Report of the King Institute of Preventive Medicine, Guindy
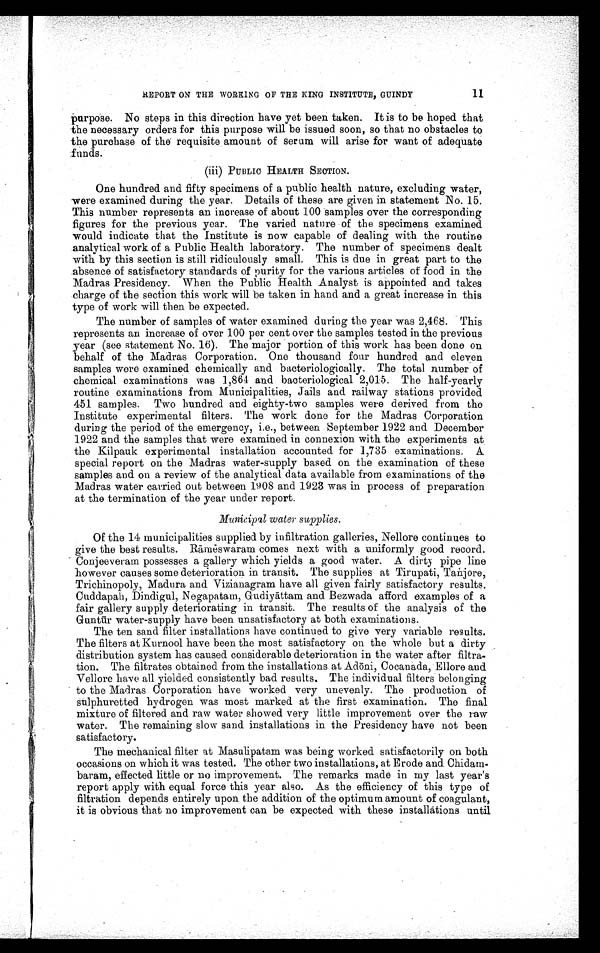
11
REPORT ON THE WORKING OF THE KING INSTITUTE, GUINDY
purpose. No steps in this direction have yet been taken. It is to be hoped that
the necessary orders for this purpose will be issued soon, so that no obstacles to
the purchase of the requisite amount of serum will arise for want of adequate
funds.
(iii) PUBLIC HEALTH SECTION.
One hundred and fifty specimens of a public health nature, excluding water,
were examined during the year. Details of these are given in statement No.15.
This number represents an increase of about 100 samples over the corresponding
figures for the previous year. The varied nature of the specimens examined
would indicate that the Institute is now capable of dealing with the routine
analytical work of a Public Health laboratory. The number of specimens dealt
with by this section is still ridiculously small. This is due in great part to the
absence of satisfactory standards of purity for the various articles of food in the
Madras Presidency. When the Public Health Analyst is appointed and takes
charge of the section this work will be taken in hand and a great increase in this
type of work will then be expected.
The number of samples of water examined during the year was 2,468. This
represents an increase of over 100 per cent over the samples tested in the previous
year (see statement No.16). The major portion of this work has been done on
behalf of the Madras Corporation. One thousand four hundred and eleven
samples were examined chemically and bacteriologically. The total number of
chemical examinations was 1,864 and bacteriological 2,015. The half-yearly
routine examinations from Municipalities, Jails and railway stations provided
451 samples. Two hundred and eighty-two samples were derived from the
Institute experimental filters. The work done for the Madras Corporation
during the period of the emergency, i.e., between September 1922 and December
1922 and the samples that were examined in connexion with the experiments at
the Kilpauk experimental installation accounted for 1,735 examinations. A
special report on the Madras water-supply based on the examination of these
samples and on a review of the analytical data available from examinations of the
Madras water carried out between 1908 and 1923 was in process of preparation
at the termination of the year under report.
Municipal water supplies.
Of the 14 municipalities supplied by infiltration galleries, Nellore continues to
give the best results. Rāmēswaram comes next with a uniformly good record.
Conjeeveram possesses a gallery which yields a good water. A dirty pipe line
however causes some deterioration in transit. The supplies at Tirupati, Tanjore,
Trichinopoly, Madura and Vizianagram have all given fairly satisfactory results.
Cuddapah, Dindigul, Negapatam, Gudiy āttam and Bezwada afford examples of a
fair gallery supply deteriorating in transit. The results of the analysis of the
Guntū r water-supply have been unsatisfactory at both examinations.
The ten sand filter installations have continued to give very variable results.
The filters at Kurnool have been the most satisfactory on the whole but a dirty
distribution system has caused considerable deterioration in the water after filtra-
tion. The filtrates obtained from the installations at Ad ōni, Cocanada, Ellore and
Vellore have all yielded consistently bad results. The individual filters belonging
to the Madras Corporation have worked very unevenly. The production of
sulphuretted hydrogen was most marked at the first examination. The final
mixture of filtered and raw water showed very little improvement over the raw
water. The remaining slow sand installations in the Presidency have not been
satisfactory.
The mechanical filter at Masulipatam was being worked satisfactorily on both
occasions on which it was tested. The other two installations, at Erode and Chidam--
baram, effected little or no improvement. The remarks made in my last year's
report apply with equal force this year also. As the efficiency of this type of
filtration depends entirely upon the addition of the optimum amount of coagulant,
it is obvious that no improvement can be expected with these installations until